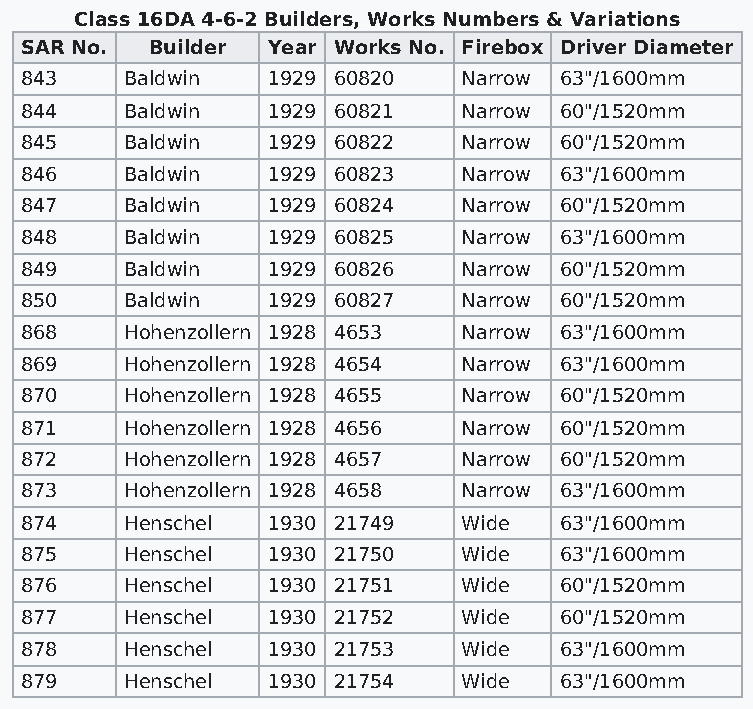
Class 16DA 4-6-2 Builders, Works Numbers & Variations
 SAR No.  Builder Year Works No. Firebox Driver Diameter
 843    Baldwin   1929 60820   Narrow 63"/1600mm
 844    Baldwin   1929 60821   Narrow 60"/1520mm
 845    Baldwin   1929 60822   Narrow 60"/1520mm
 846    Baldwin   1929 60823   Narrow 63"/1600mm
 847    Baldwin   1929 60824   Narrow 60"/1520mm
 848    Baldwin   1929 60825   Narrow 63"/1600mm
 849    Baldwin   1929 60826   Narrow 60"/1520mm
 850    Baldwin   1929 60827   Narrow 60"/1520mm
 868    Hohenzollern 1928 4653 Narrow 63"/1600mm
 869    Hohenzollern 1928 4654 Narrow 63"/1600mm
 870    Hohenzollern 1928 4655 Narrow 60"/1520mm
 871    Hohenzollern 1928 4656 Narrow 60"/1520mm
 872    Hohenzollern 1928 4657 Narrow 60"/1520mm
 873    Hohenzollern 1928 4658 Narrow 63"/1600mm
 874    Henschel  1930 21749   Wide  63"/1600mm
 875    Henschel  1930 21750   Wide  63"/1600mm
 876    Henschel  1930 21751   Wide  60"/1520mm
 877    Henschel  1930 21752   Wide  60"/1520mm
 878    Henschel  1930 21753   Wide  63"/1600mm
 879    Henschel  1930 21754   Wide  63"/1600mm